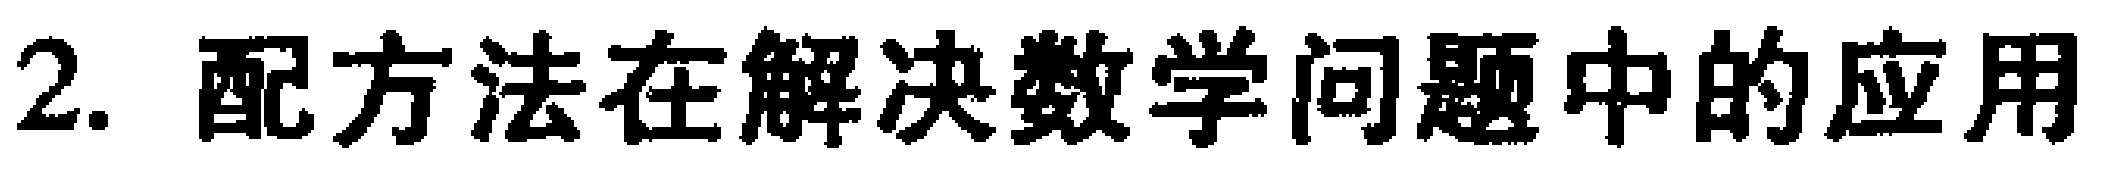
2. 配方法在解决数学问题中的应用